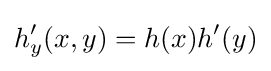
h_{y}'(x,y)=h(x)h'(y)